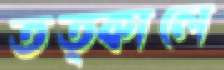
তত্কালে